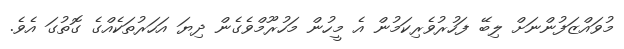
މުވައްޒަފުންނަށް ލިބޭ ފަހުރުވެރިކަމުން އެ މީހުން މަހުރޫމްވެގެން ދިޔަ އަހަރުތަކެއްގެ ގޮތުގަ އެވެ.